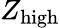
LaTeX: Z_{\mathrm{{high}}}